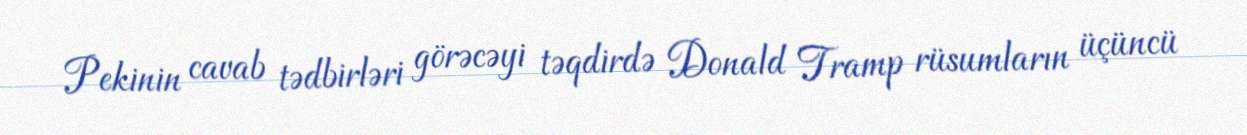
Pekinin cavab tədbirləri görəcəyi təqdirdə Donald Tramp rüsumların üçüncü